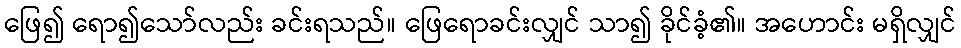
ဖြေ၍ ရော၍သော်လည်း ခင်းရသည်။ ဖြေရောခင်းလျှင် သာ၍ ခိုင်ခံ့၏။ အဟောင်း မရှိလျှင်